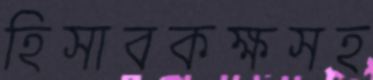
হিসাবকক্ষসহ